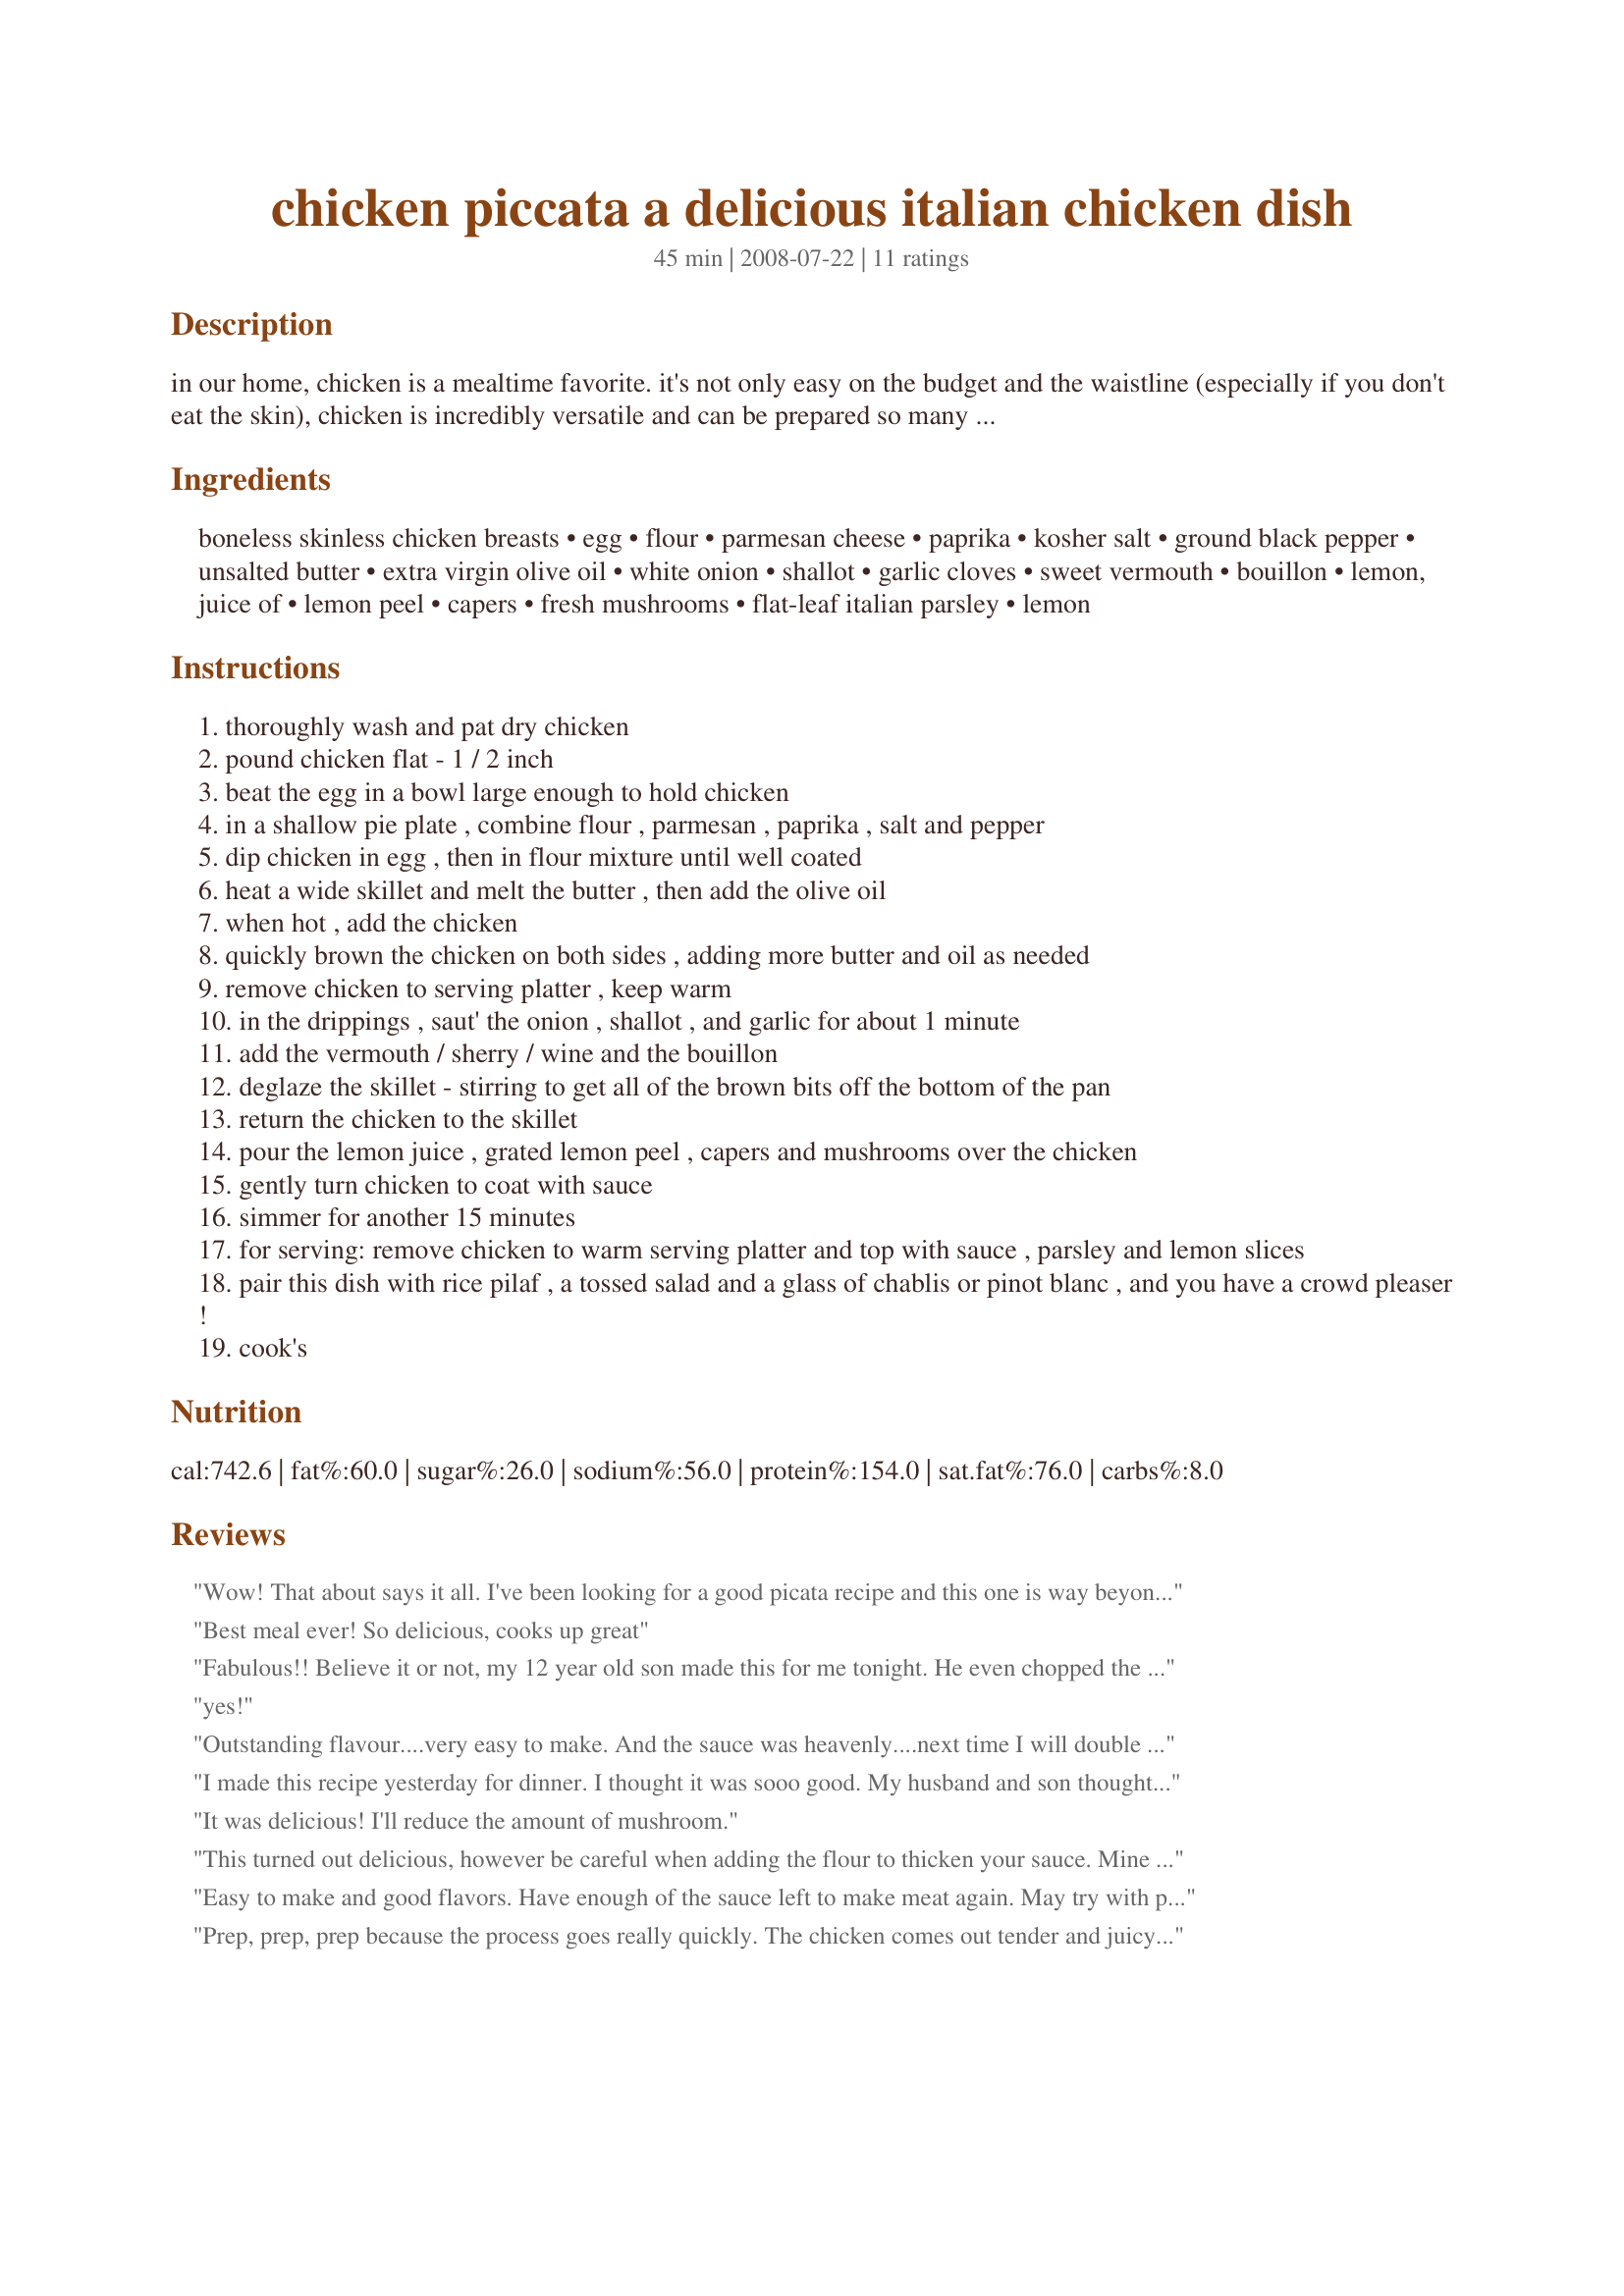
chicken piccata a delicious italian chicken dish
Preparation time: 45 minutes

in our home, chicken is a mealtime favorite. it's not only easy on the budget and the waistline (especially if you don't eat the skin), chicken is incredibly versatile and can be prepared so many different ways. as well as a main entree, it can be served in stews, salads, sandwiches, soups, pastas, appetizers, and potpies. this 'jack-of-all-trades' can be diced, sliced, chopped, shredded, baked, poached, fried, broiled, grilled -- you are limited only by your own imagination. if you enjoy savory, tangy sauté dishes, give this chicken picatta recipe a try. it's a simple meal to prepare, and a sure palate pleaser.

Ingredients:
boneless skinless chicken breasts, egg, flour, parmesan cheese, paprika, kosher salt, ground black pepper, unsalted butter, extra virgin olive oil, white onion, shallot, garlic cloves, sweet vermouth, bouillon, lemon, juice of, lemon peel, capers, fresh mushrooms, flat-leaf italian parsley, lemon

Steps:
thoroughly wash and pat dry chicken
pound chicken flat - 1 / 2 inch
beat the egg in a bowl large enough to hold chicken
in a shallow pie plate , combine flour , parmesan , paprika , salt and pepper
dip chicken in egg , then in flour mixture until well coated
heat a wide skillet and melt the butter , then add the olive oil
when hot , add the chicken
quickly brown the chicken on both sides , adding more butter and oil as needed
remove chicken to serving platter , keep warm
in the drippings , saut' the onion , shallot , and garlic for about 1 minute
add the vermouth / sherry / wine and the bouillon
deglaze the skillet - stirring to get all of the brown bits off the bottom of the pan
return the chicken to the skillet
pour the lemon juice , grated lemon peel , capers and mushrooms over the chicken
gently turn chicken to coat with sauce
simmer for another 15 minutes
for serving: remove chicken to warm serving platter and top with sauce , parsley and lemon slices
pair this dish with rice pilaf , a tossed salad and a glass of chablis or pinot blanc , and you have a crowd pleaser !
cook's

Reviews:
Wow! That about says it all. I've been looking for a good picata recipe and this one is way beyond good. The only thing I didn't have was mushrooms. I may try them the next time. There's only one of me so I had leftovers but they won't be in the fridge very long. I served the meal with whole wheat pasta and a spinach salad with garlic vinegrette dressing. Garlic and lemon are two of my favorite flavors and this had me in heaven. Prep time was about right and when you start cooking this dish happens very quickly. No question about this being a 5 star recipe.
Best meal ever! So delicious, cooks up great
Fabulous!! Believe it or not, my 12 year old son made this for me tonight. He even chopped the parsley fresh instead of the dried jar version. He's adding this to his Cooking Merit Badge for Boy Scouts. He served it over speghetti with a Ceasar salad and a loaf of sour dough bread.
yes!
Outstanding flavour....very easy to make. And the sauce was heavenly....next time I will double it! Thanks for a great keeper!
I made this recipe yesterday for dinner. I thought it was sooo good. My husband and son thought it was a little too lemony. I'll have to make it for my girlfriends next time!!! Thanks for sharing what is now one of my favorite dishes.
It was delicious! I'll reduce the amount of mushroom.
This turned out delicious, however be careful when adding the flour to thicken your sauce. Mine became really gummy and couldn't be revived. I used only what had coated the chicken and added some extra parm to melt a bit on top. Served with garlic mashed potatoes, it was quite yummy!
Easy to make and good flavors. Have enough of the sauce left to make meat again. May try with pork this time. Served with orzo, salad, and hot sourdough bread.
Prep, prep, prep because the process goes really quickly. The chicken comes out tender and juicy and the sauce is heavenly. I added more wine and garlic (our taste) but didn't change another thing. FABULOUS!!!!!!!!!!!!!!!!!!!!!!
Thank you so very much!!!!!!!!!!!!!
This was a fantastic version of chicken piccata. Make sure you read through the list of ingredients and prep the ingredients before starting to cook...ie. sauteed mushrooms, preparing the chicken bouillon and mixing in the flour, etc... I did add a little extra flour since my family likes a bit thicker sauce. I opted to use the white wine vs. the sweet vermouth or sherry. The only other thing I might change next time around is to omit the lemon. I know, a true piccata has lemon! This would just be a preference for my kids. 
I served this over whole grain and wild rice and added some steamed broccoli for a lovely meal. ~Made for PAC Fall 2008~
